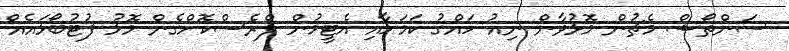
ސަންތޯޝް މެޗުން މޮޅުވާން ނިއު ހައްގު ކަމަށާއި އެޓީމުން ޕްރެސްކޮށްގެން މޮޅު ފުޓުބޯޅައެއް